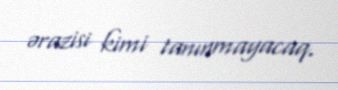
ərazisi kimi tanınmayacaq.